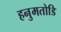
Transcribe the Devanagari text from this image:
हनुमतोडि